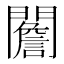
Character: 䦲